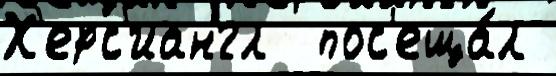
Х'ерс'иангл  пос'еща́л